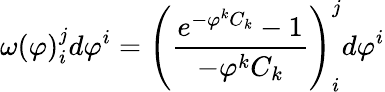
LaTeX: \omega(\varphi)_{i}^{j}d\varphi^{i}=\left(\frac{e^{-\varphi^{k}C_{k}}-1}{-\varphi^{k}C_{k}}\right)_{i}^{j}d\varphi^{i}